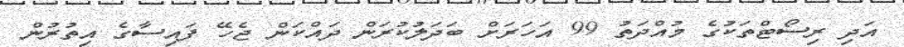
އަދި ރިސޯޓްތަކުގެ މުއްދަތު 99 އަހަރަށް ބަދަލުކުރަން ދައްކަން ޖެހޭ ފައިސާގެ އިތުރުން